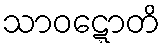
သာဝဋ္ဋောတိ